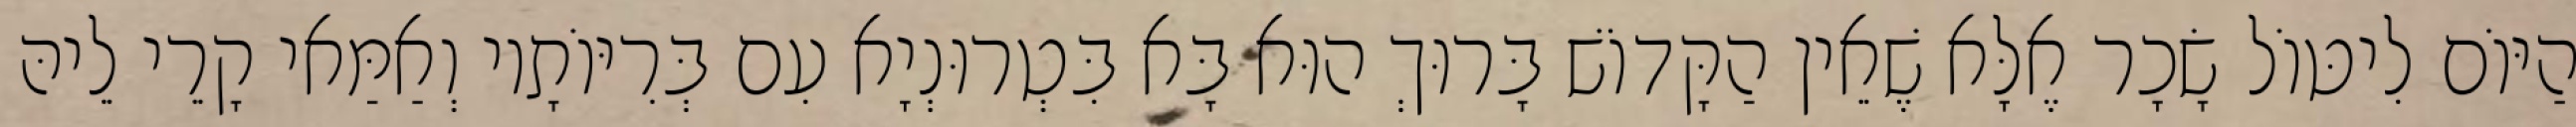
הַיּוֹם לִיטּוֹל שָׂכָר אֶלָּא שֶׁאֵין הַקָּדוֹשׁ בָּרוּךְ הוּא בָּא בִּטְרוּנְיָא עִם בְּרִיּוֹתָיו וְאַמַּאי קָרֵי לֵיהּ